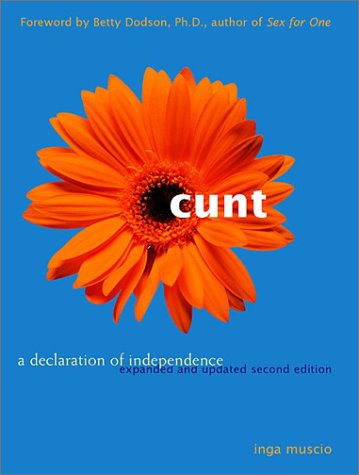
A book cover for Cunt: A Declaration of Independence  Expanded and Updated Second Edition; Inga Muscio; Politics & Social Sciences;